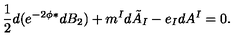
\frac 1 2 d ( e ^ { - 2 \phi } ^ { * } d B _ { 2 } ) + m ^ { I } d \tilde { A } _ { I } - e _ { I } d A ^ { I } = 0 .